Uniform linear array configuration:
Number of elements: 16
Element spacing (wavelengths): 0.75
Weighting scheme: binomial
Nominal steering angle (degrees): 60
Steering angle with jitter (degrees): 60.916
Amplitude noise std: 0.05
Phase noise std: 0.05

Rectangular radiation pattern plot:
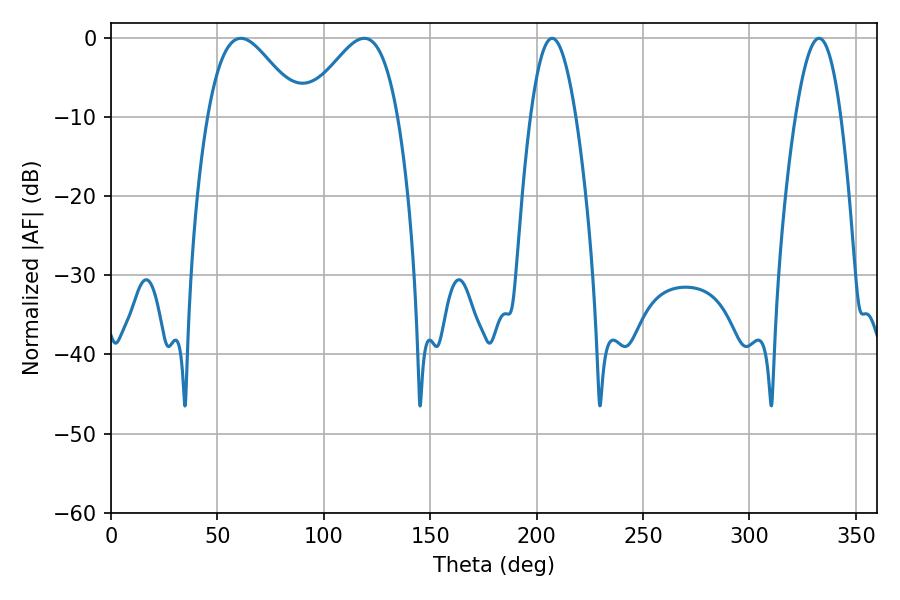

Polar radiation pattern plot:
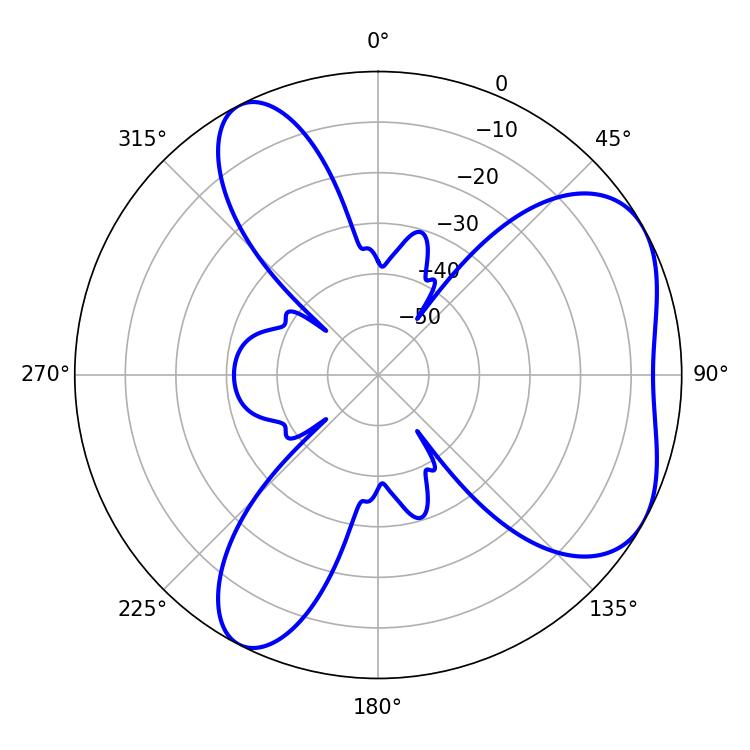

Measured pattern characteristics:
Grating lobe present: TRUE
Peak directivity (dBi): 5.207
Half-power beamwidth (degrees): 23.22
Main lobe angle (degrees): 61.02